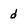
Character: d